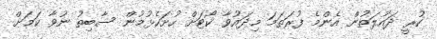
ކުރީ ދައުލަތުން އެންމެ ފުރަތަމަ މިދައުވާ ކޯޓަށް ހުށަހެޅުމުން ސާބިތު ނުވާ ކަމަށް